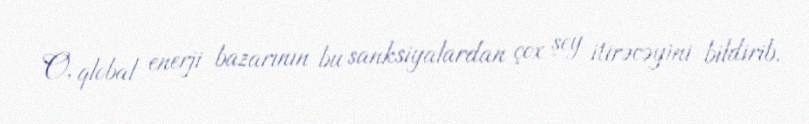
O, qlobal enerji bazarının bu sanksiyalardan çox şey itirəcəyini bildirib.